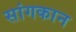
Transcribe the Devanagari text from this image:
सांगकान